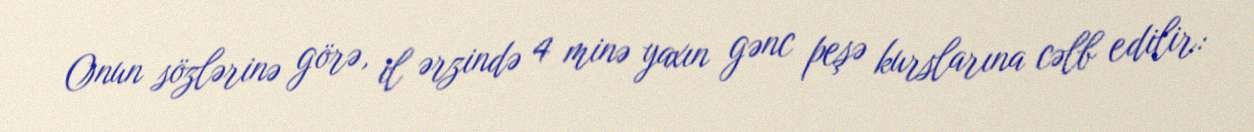
Onun sözlərinə görə, il ərzində 4 minə yaxın gənc peşə kurslarına cəlb edilir: